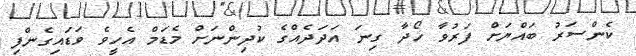
ކެންސަރު ބައްޔަށް ފަރުވާ ހޯދާ ގިނަ އަދަދެއްގެ ކުދިންނަށް މެޑަމް އެހީވެ ވަޑައިގެންފި